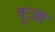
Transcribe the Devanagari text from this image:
दुःख़